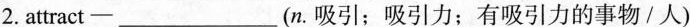
2.attract—___(n. 吸引；吸引力；有吸引力的事物/人)